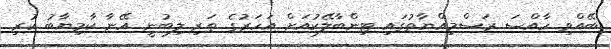
ބޭއްވި ހާއްސަ ރަސްމިއްޔާތުގައި ޓިންބާލޭކުއަށް އަހަރުގެ ތަރި ލިބުނީ އޭނާ ކާމިޔާބު ކުރި